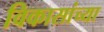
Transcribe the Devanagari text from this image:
विकासांच्या